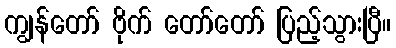
ကျွန်တော် ဗိုက် တော်တော် ပြည့်သွားပြီ။